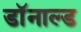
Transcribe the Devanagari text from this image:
डाॅनाल्ड